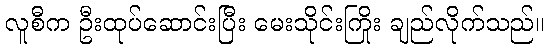
လူစီက ဦးထုပ်ဆောင်းပြီး မေးသိုင်းကြိုး ချည်လိုက်သည်။